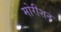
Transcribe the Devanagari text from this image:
मोरीशन